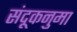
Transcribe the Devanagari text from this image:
संदूकनुमा